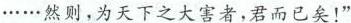
······然则，为天下之大害者，君而已矣！”